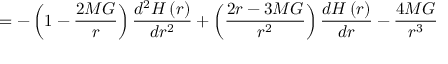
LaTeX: = - \left( 1 - \frac { 2 M G } { r } \right) \frac { d ^ { 2 } H \left( r \right) } { d r ^ { 2 } } + \left( \frac { 2 r - 3 M G } { r ^ { 2 } } \right) \frac { d H \left( r \right) } { d r } - \frac { 4 M G } { r ^ { 3 } }